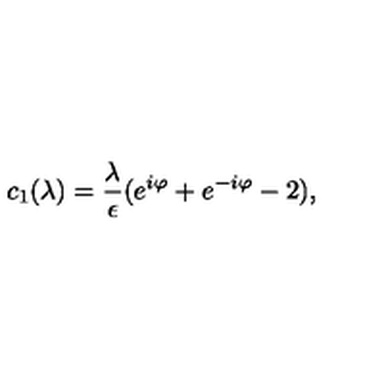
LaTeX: c _ { 1 } ( \lambda ) = { \frac { \lambda } { \epsilon } } ( e ^ { i \varphi } + e ^ { - i \varphi } - 2 ) ,